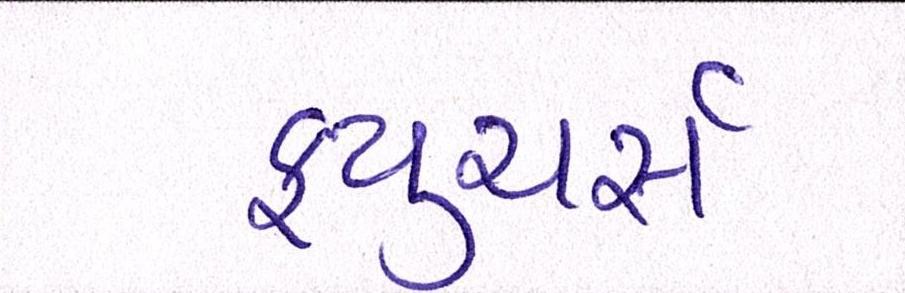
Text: ફ્યુચર્સ